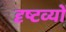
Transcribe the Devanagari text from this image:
दृष्टव्यों